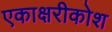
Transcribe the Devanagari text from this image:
एकाक्षरीकोश